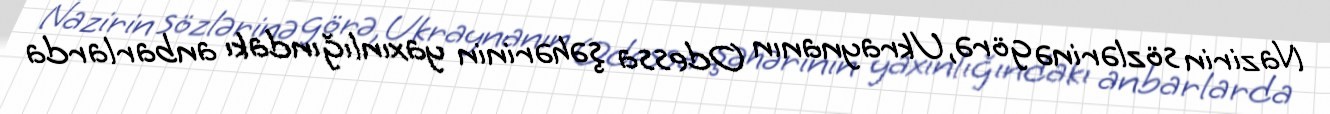
Nazirin sözlərinə görə, Ukraynanın Odessa şəhərinin yaxınlığındakı anbarlarda